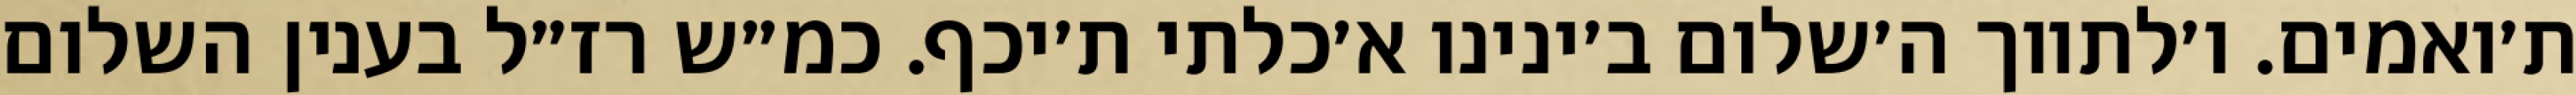
ת׳ואמים. ו׳לתווך ה׳שלום ב׳ינינו א׳כלתי ת׳יכף. כמ״ש רז״ל בענין השלום